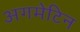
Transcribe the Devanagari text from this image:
अगमेटिन